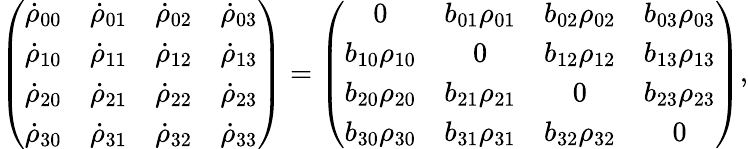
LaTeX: \left(\begin{array}{cccc}{\dot{\rho}_{00}}&{\dot{\rho}_{01}}&{\dot{\rho}_{02}}&{\dot{\rho}_{03}}\\ {\dot{\rho}_{10}}&{\dot{\rho}_{11}}&{\dot{\rho}_{12}}&{\dot{\rho}_{13}}\\ {\dot{\rho}_{20}}&{\dot{\rho}_{21}}&{\dot{\rho}_{22}}&{\dot{\rho}_{23}}\\ {\dot{\rho}_{30}}&{\dot{\rho}_{31}}&{\dot{\rho}_{32}}&{\dot{\rho}_{33}}\end{array}\right)=\left(\begin{array}{cccc}{0}&{b_{01}\rho_{01}}&{b_{02}\rho_{02}}&{b_{03}\rho_{03}}\\ {b_{10}\rho_{10}}&{0}&{b_{12}\rho_{12}}&{b_{13}\rho_{13}}\\ {b_{20}\rho_{20}}&{b_{21}\rho_{21}}&{0}&{b_{23}\rho_{23}}\\ {b_{30}\rho_{30}}&{b_{31}\rho_{31}}&{b_{32}\rho_{32}}&{0}\end{array}\right),